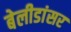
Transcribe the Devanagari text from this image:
बेलीडांसर